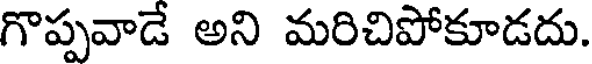
గొప్పవాడే అని మరిచిపోకూడదు.